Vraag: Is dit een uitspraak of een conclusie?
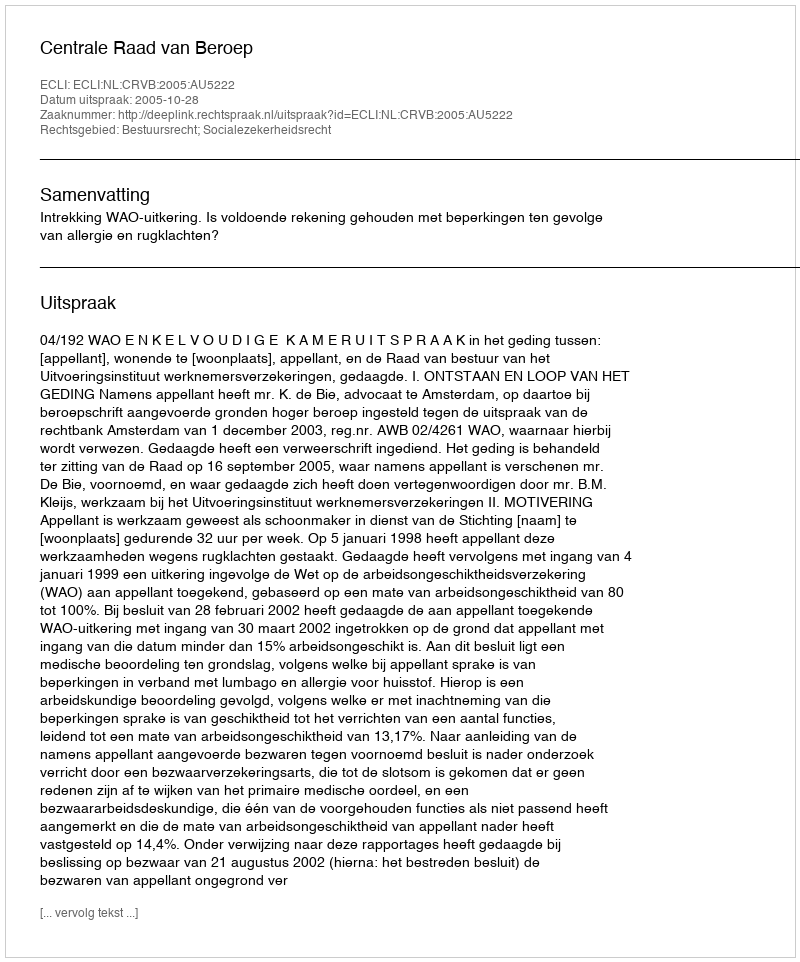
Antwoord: Uitspraak